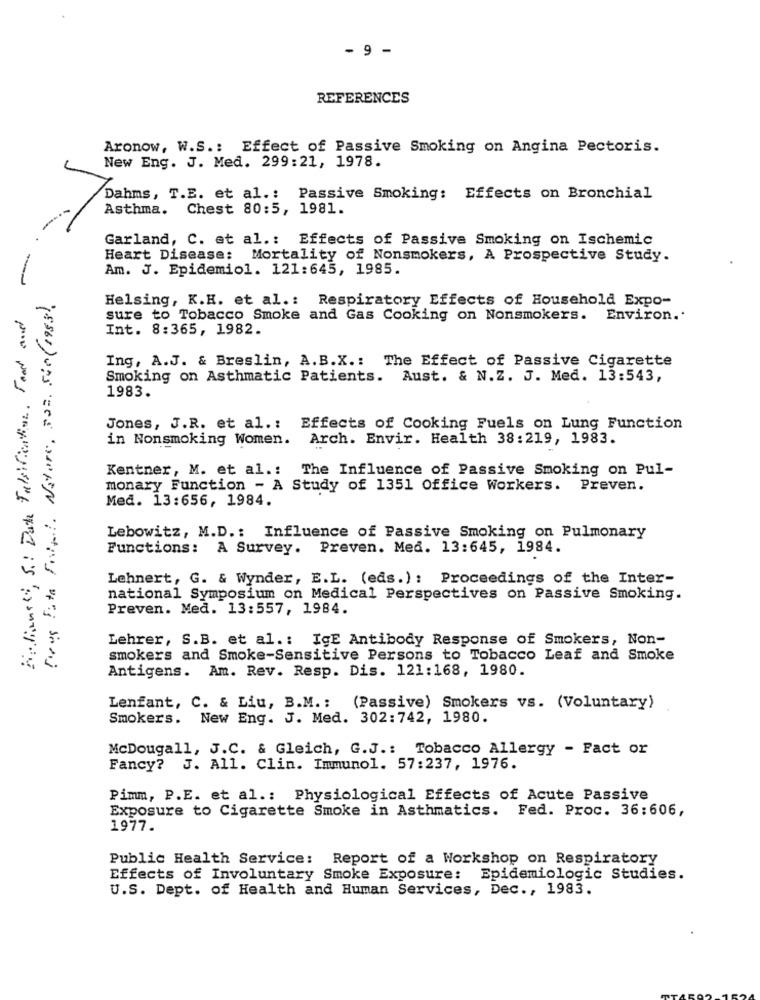
- 9 -
REFERENCES
Aronow, W.S .: Effect of Passive Smoking on Angina Pectoris.
New Eng. J. Med. 299:21, 1978.
Dahms, T.E. et al .: Passive Smoking: Effects on Bronchial
Asthma. Chest 80:5, 1981.
Garland, C. et al .: Effects of Passive Smoking on Ischemic
Heart Disease: Mortality of Nonsmokers, A Prospective Study.
Am. J. Epidemiol. 121:645, 1985.
Deus Fita Frist. Nature, 302. 500 (1983).
Helsing, K.H. et al. : Respiratory Effects of Household Expo-
Ardianeti, S .: Date Falsification. Food and
sure to Tobacco Smoke and Gas Cooking on Nonsmokers. Environ ..
Int. 8:365, 1982.
Ing, A.J. & Breslin, A.B.X .: The Effect of Passive Cigarette
Smoking on Asthmatic Patients. Aust. & N.Z. J. Med. 13:543,
1983.
Jones, J.R. et al .:
Effects of Cooking Fuels on Lung Function
in Nonsmoking Women. Arch. Envir. Health 38:219, 1983.
Kentner, M. et al .: The Influence of Passive Smoking on Pul-
monary Function - A Study of 1351 Office Workers. Preven.
Med. 13:656, 1984.
Lebowitz, M.D .: Influence of Passive Smoking on Pulmonary
Functions: A Survey. Preven. Med. 13:645, 1984.
Lehnert, G. & Wynder, E.L. (eds. ) : Proceedings of the Inter-
national Symposium on Medical Perspectives on Passive Smoking.
Preven. Med. 13:557, 1984.
Lehrer, S.B. et al .: IgE Antibody Response of Smokers, Non-
smokers and Smoke-Sensitive Persons to Tobacco Leaf and Smoke
Antigens. Am. Rev. Resp. Dis. 121:168, 1980.
Lenfant, C. & Liu, B.M .: (Passive) Smokers vs. (Voluntary)
Smokers. New Eng. J. Med. 302:742, 1980.
McDougall, J.C. & Gleich, G.J .: Tobacco Allergy - Fact or
Fancy? J. All. Clin. Immunol. 57:237, 1976.
Pimm, P.E. et al .: Physiological Effects of Acute Passive
Exposure to Cigarette Smoke in Asthmatics. Fed. Proc. 36:606,
1977.
Public Health Service: Report of a Workshop on Respiratory
Effects of Involuntary Smoke Exposure: Epidemiologic Studies.
U.S. Dept. of Health and Human Services, Dec ., 1983.